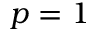
p = 1